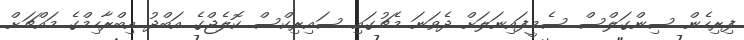
ފިރިހެން ސިންގަލްސް ސެމީފައިނަލަށް ދެވަނަ މެޗުގައި ސައިރިކްސް ކޮލެޖްގެ އަބްދު އިބްރާހިމްގެ މައްޗަށް